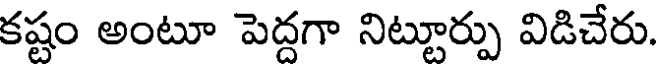
కష్టం అంటూ పెద్దగా నిట్టూర్పు విడిచేరు.